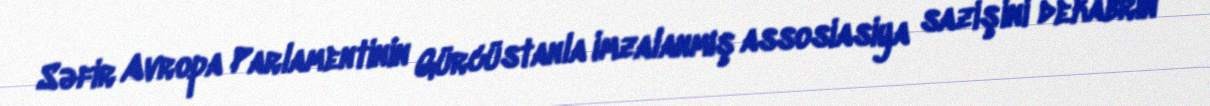
Səfir Avropa Parlamentinin Gürcüstanla imzalanmış assosiasiya sazişini dekabrın